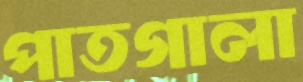
পাতগালা